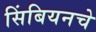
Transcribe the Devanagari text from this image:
सिंबियनचे